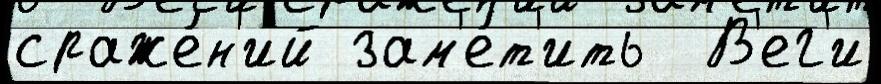
сраже́н'ий зам'е́т'ить  В'ег'и